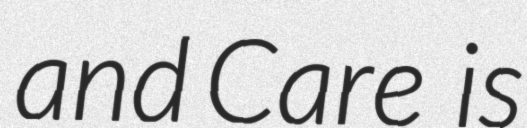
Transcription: and Care  is